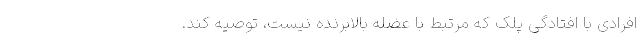
افرادی با افتادگی پلک که مرتبط با عضله بالابرنده نیست، توصیه کند.